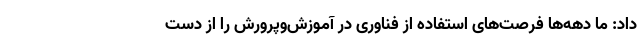
داد: ما دهه‌ها فرصت‌های استفاده از فناوری در آموزش‌وپرورش را از دست